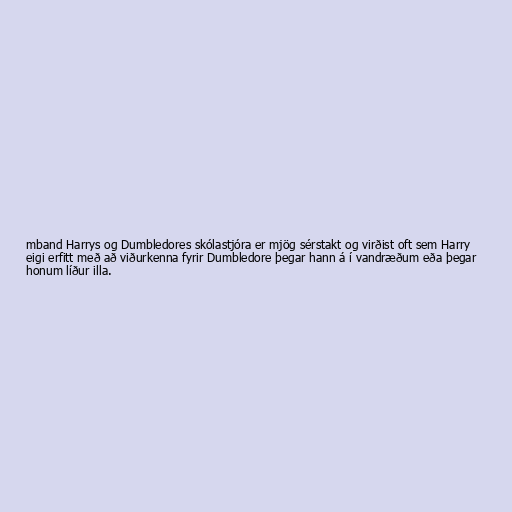
mband Harrys og Dumbledores skólastjóra er mjög sérstakt og virðist oft sem Harry
eigi erfitt með að viðurkenna fyrir Dumbledore þegar hann á í vandræðum eða þegar
honum líður illa.